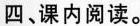
四、课内阅读。